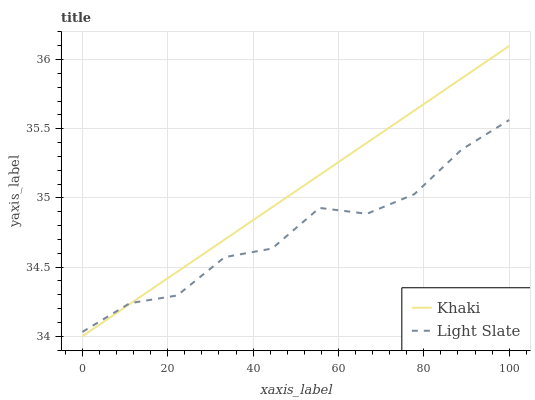
| xaxis_label | Khaki | Light Slate |
 | --- | --- | --- |
 | 0 | 34 | 34 |
 | 11.1 | 34.2 | 34.2 |
 | 22.2 | 34.5 | 34.3 |
 | 33.3 | 34.7 | 34.6 |
 | 44.4 | 34.9 | 34.6 |
 | 55.6 | 35.2 | 34.9 |
 | 66.7 | 35.4 | 34.9 |
 | 77.8 | 35.6 | 35 |
 | 88.9 | 35.9 | 35.4 |
 | 100 | 36.1 | 35.6 |